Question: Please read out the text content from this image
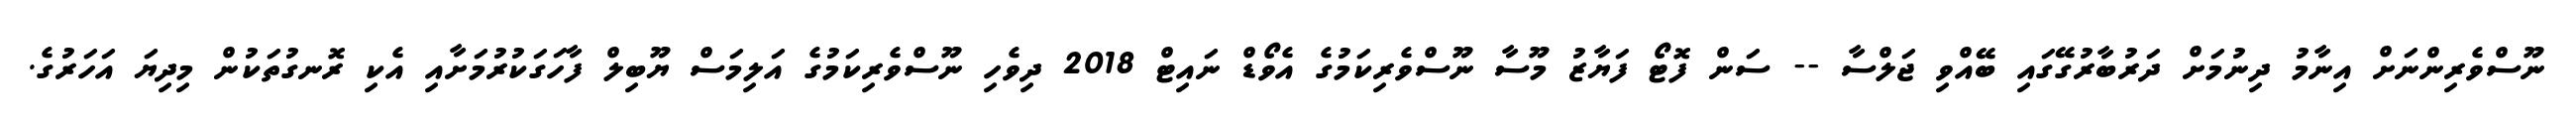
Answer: ނޫސްވެރިންނަށް އިނާމު ދިނުމަށް ދަރުބާރުގޭގައި ބޭއްވި ޖަލްސާ -- ސަން ފޮޓޯ ފަޔާޒު މޫސާ ނޫސްވެރިކަމުގެ އެވޯޑް ނައިޓް 2018 ދިވެހި ނޫސްވެރިކަމުގެ އަލިމަސް ޔޫބިލް ފާހަގަކުރުމަށާއި އެކި ރޮނގުތަކުން މިދިޔަ އަހަރުގެ.